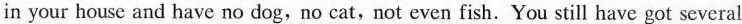
in your house and have no dog,no cat,not even fish.You still have got several